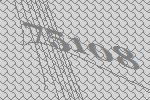
75108